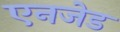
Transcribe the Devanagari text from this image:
एनजेड